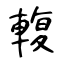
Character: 輹